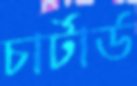
চার্টার্ড